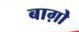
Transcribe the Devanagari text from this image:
बाग़ोे